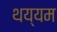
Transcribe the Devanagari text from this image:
थय्यम